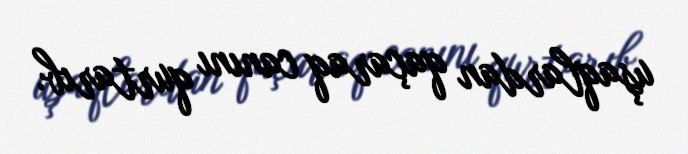
uşaqlardan qaçaraq canını qurtarıb.